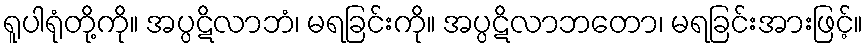
ရူပါရုံတို့ကို။ အပ္ပဋိလာဘံ၊ မရခြင်းကို။ အပ္ပဋိလာဘတော၊ မရခြင်းအားဖြင့်။